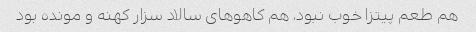
هم طعم پیتزا خوب نبود، هم کاهو‌های سالاد سزار کهنه و مونده بود